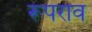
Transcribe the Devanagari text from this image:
रूपराव